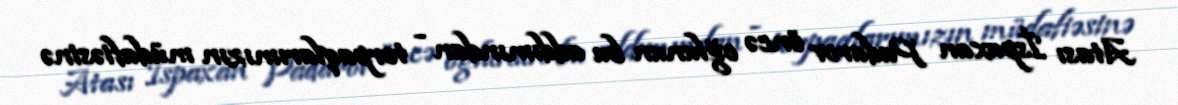
Atası İspaxan Padarov öncə oğlunun bu addımından - torpaqlarımızın müdafiəsinə